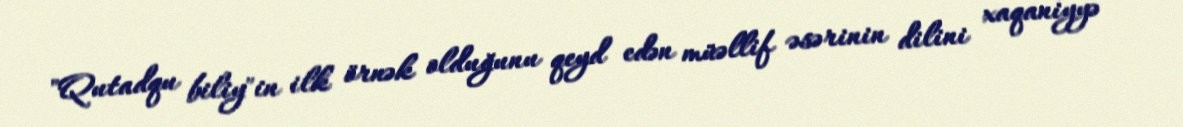
"Qutadqu biliy"in ilk örnək olduğunu qeyd edən müəllif əsərinin dilini xaqaniyyə